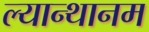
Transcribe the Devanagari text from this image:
ल्यान्थानम